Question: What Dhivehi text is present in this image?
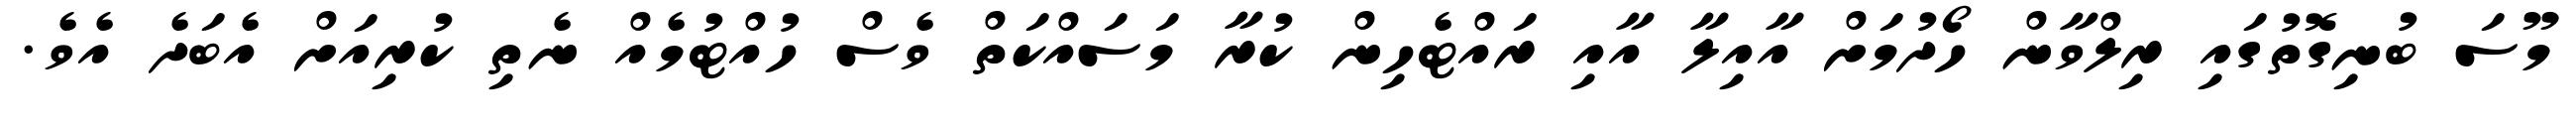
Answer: މޫސަ ބުނިގޮތުގައި ރިލްވާން ހޯދުމަށް އާއިލާ އާއި ރައްޓެހިން ކުރާ މަސައްކަތް ވެސް ހުއްޓުމެއް ނެތި ކުރިއަށް އެބަދެ އެވެ.